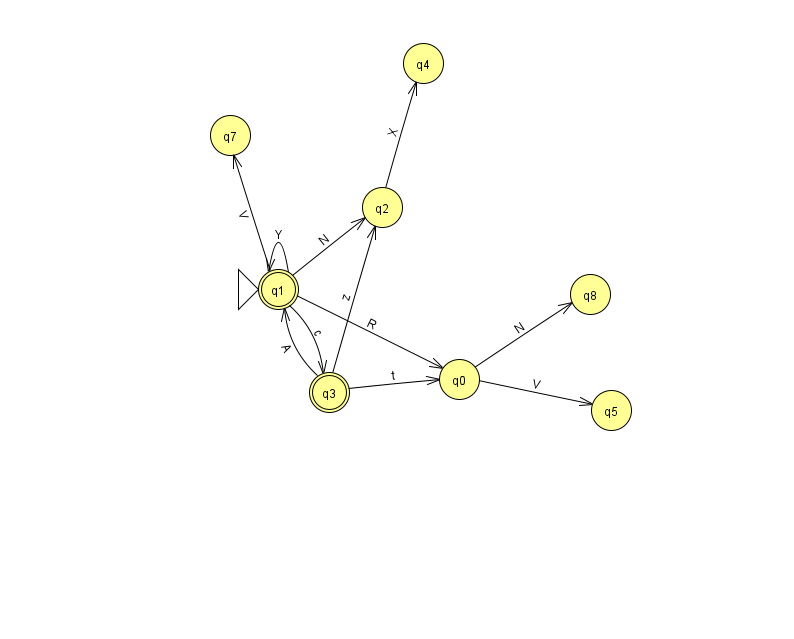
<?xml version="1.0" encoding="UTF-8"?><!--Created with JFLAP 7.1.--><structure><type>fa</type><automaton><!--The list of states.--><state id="0" name="q0"><x>459.0</x><y>366.0</y></state><state id="1" name="q1"><x>278.0</x><y>276.0</y><initial/><final/></state><state id="2" name="q2"><x>382.0</x><y>194.0</y></state><state id="3" name="q3"><x>329.0</x><y>379.0</y><final/></state><state id="4" name="q4"><x>423.0</x><y>50.0</y></state><state id="5" name="q5"><x>611.0</x><y>397.0</y></state><state id="7" name="q7"><x>230.0</x><y>122.0</y></state><state id="8" name="q8"><x>590.0</x><y>281.0</y></state><!--The list of transitions.--><transition><from>3</from><to>0</to><read>t</read></transition><transition><from>0</from><to>8</to><read>N</read></transition><transition><from>1</from><to>7</to><read>V</read></transition><transition><from>1</from><to>2</to><read>N</read></transition><transition><from>1</from><to>0</to><read>R</read></transition><transition><from>1</from><to>1</to><read>Y</read></transition><transition><from>2</from><to>4</to><read>X</read></transition><transition><from>0</from><to>5</to><read>V</read></transition><transition><from>1</from><to>3</to><read>c</read></transition><transition><from>3</from><to>2</to><read>z</read></transition><transition><from>3</from><to>1</to><read>A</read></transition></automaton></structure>